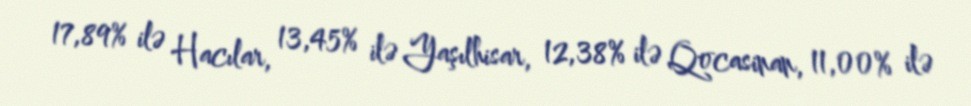
17,89% ilə Hacılar, 13,45% ilə Yaşılhisar, 12,38% ilə Qocasinan, 11,00% ilə